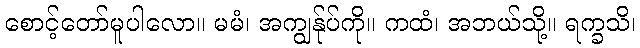
စောင့်တော်မူပါလော။ မမံ၊ အကျွန်ုပ်ကို။ ကထံ၊ အဘယ်သို့။ ရက္ခသိ၊